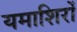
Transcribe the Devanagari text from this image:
यमाशिरों